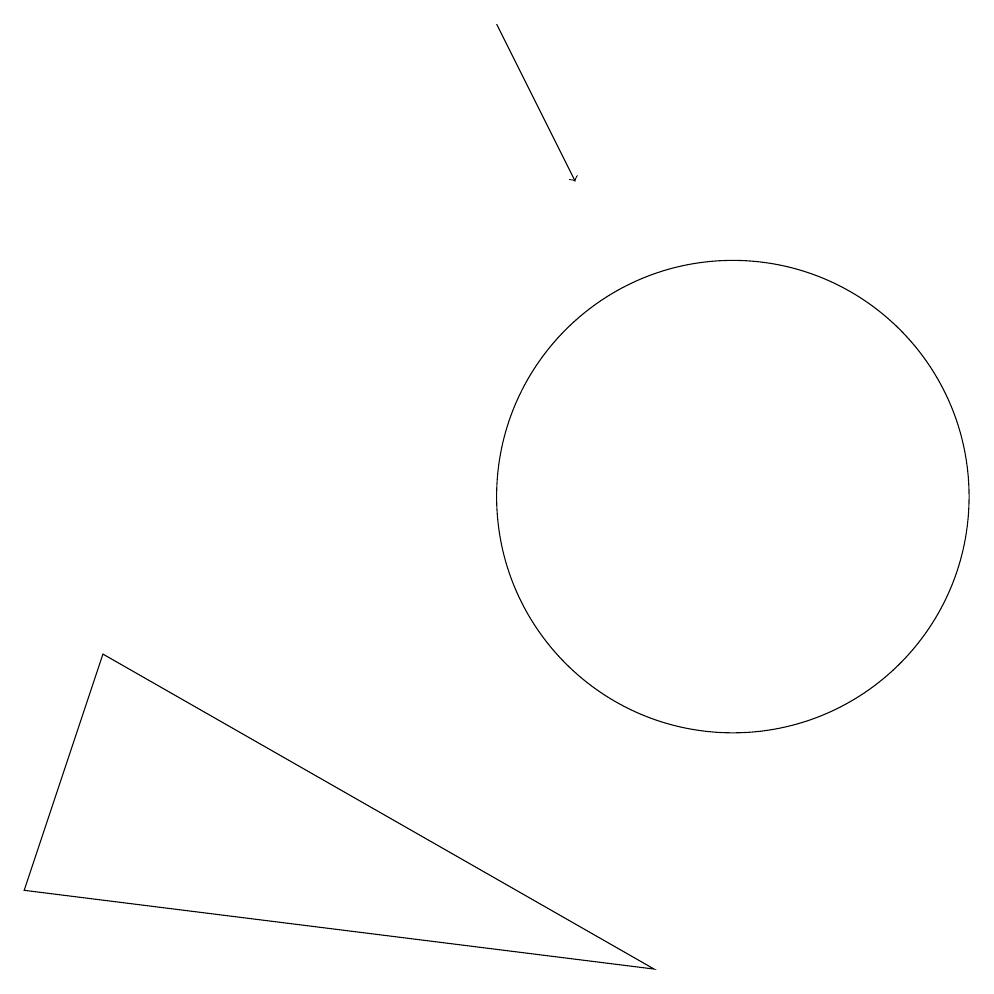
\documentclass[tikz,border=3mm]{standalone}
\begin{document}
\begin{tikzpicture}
\draw (10,11) circle (3);
\draw[->] (7,17) -- (8,15);
\draw (9,5) -- (2,9) -- (1,6) -- cycle;
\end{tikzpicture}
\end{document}